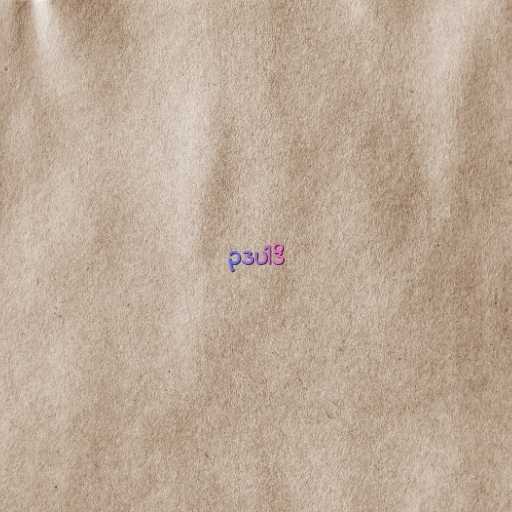
ဥဒပါဒိ